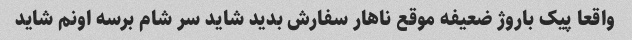
واقعا پیک باروژ ضعیفه موقع ناهار سفارش بدید شاید سر شام برسه اونم شاید